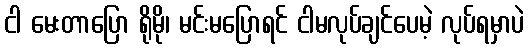
ငါ မေးတာပြော ရိုမို၊ မင်းမပြောရင် ငါမလုပ်ချင်ပေမဲ့ လုပ်ရမှာပဲ